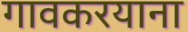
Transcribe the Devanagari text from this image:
गावकरयाना